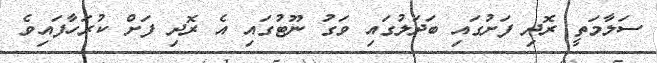
ސަލާމަތީ ރޮދި ފަށުގައި ބަދަލުގައި ވަގު ނޫޓުގައި އެ ރޮދި ފަށް ކުރަހާފައިވެ